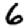
Digit: 6